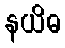
နယိဓ